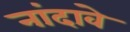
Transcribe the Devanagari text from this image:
नांदावे